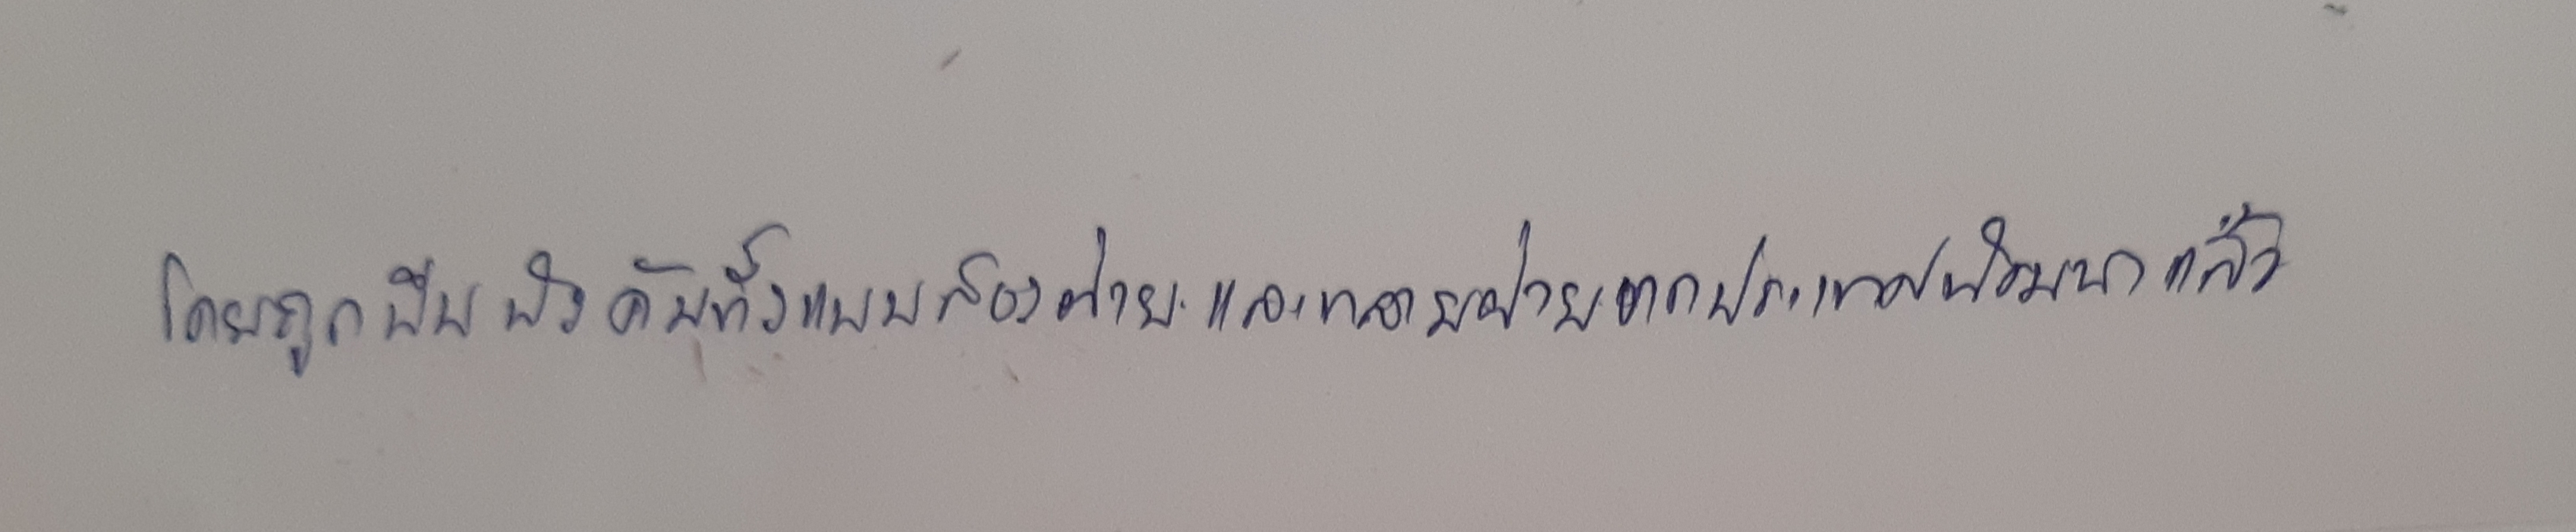
โดยถูกบีบบังคับทั้งแบบสองฝ่ายและหลายฝ่ายจากประเทศที่พัฒนาแล้ว